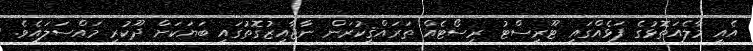
އެއީ މާލެއަތޮޅުގެ ފަޅެއްގައި ޓޫރިސްޓު ރިސޯޓެއް ތަރައްޤީކުރަން ނާޖާއިޒުގޮތުގައި ބަޔަކަށް ދޫކުރި މައްސަލައެވެ.